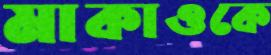
মাকাওকে